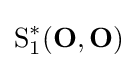
{\text{S}}_{1}^{*}(\mathbf {O} ,\mathbf {O} )